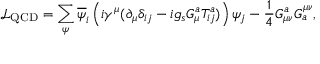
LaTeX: { \mathcal { L } } _ { \mathrm { Q C D } } = \sum _ { \psi } { \overline { { \psi } } } _ { i } \left( i \gamma ^ { \mu } ( \partial _ { \mu } \delta _ { i j } - i g _ { s } G _ { \mu } ^ { a } T _ { i j } ^ { a } ) \right) \psi _ { j } - { \frac { 1 } { 4 } } G _ { \mu \nu } ^ { a } G _ { a } ^ { \mu \nu } ,